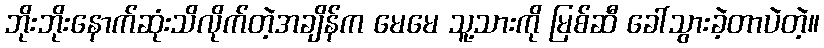
ဘိုးဘိုးနောက်ဆုံးသိလိုက်တဲ့အချိန်က မေမေ သူ့သားကို မြစ်ဆီ ခေါ်သွားခဲ့တာပဲတဲ့။